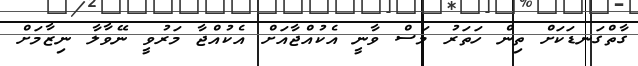
ގާތްގަނޑަކަށް ތިން ހަތަރު މަސް ވާނީ އެކުއްޖާއަށް އެކުއްޖާ މަރުވީ ނޭވާލާ ނިޒާމަށް